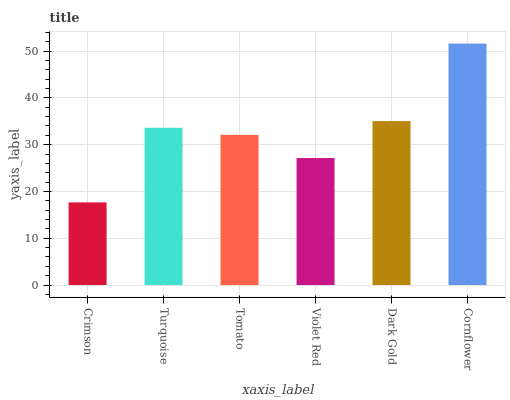
| xaxis_label | bars |
 | --- | --- |
 | Crimson | 17.7 |
 | Turquoise | 33.6 |
 | Tomato | 32.1 |
 | Violet Red | 27.1 |
 | Dark Gold | 35.1 |
 | Cornflower | 51.6 |